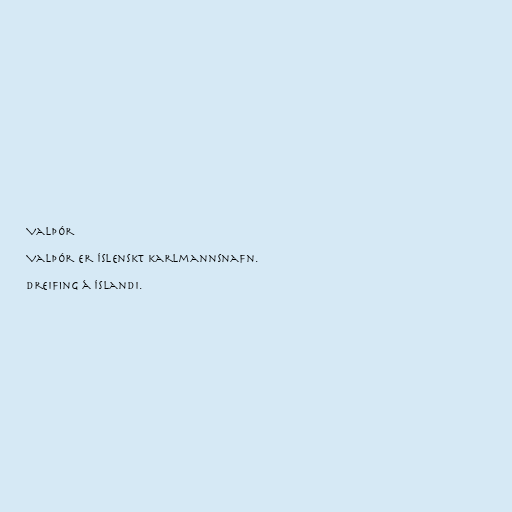
Valþór

Valþór er íslenskt karlmannsnafn.

Dreifing á Íslandi.